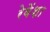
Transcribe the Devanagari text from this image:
रेवेंशा